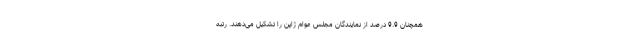
همچنان 9.9 درصد از نمایندگان مجلس عوام ژاپن را تشکیل می‌دهند. رتبه